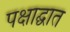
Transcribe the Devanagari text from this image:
पक्षाद्घात